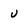
Character: u